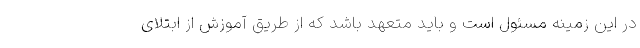
در این زمینه مسئول است و باید متعهد باشد که از طریق آموزش از ابتلای